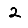
Digit: 2